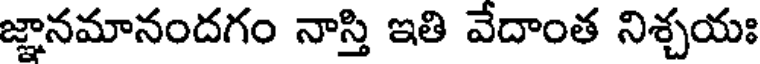
జ్ఞానమానందగం నాస్తి ఇతి వేదాంత నిశ్చయః